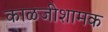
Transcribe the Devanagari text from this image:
काळजीशामक